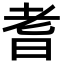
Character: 耆